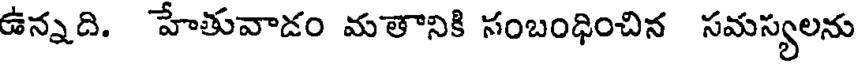
ఉన్నది. హేతువాడం మతానికి సంబంధించిన సమస్యలను